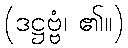
(ဒဋ္ဌဗ္ဗံ၊ ၏။)